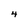
Character: 4